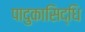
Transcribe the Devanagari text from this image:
पादुकासिद्धि